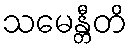
သမေန္တီတိ